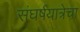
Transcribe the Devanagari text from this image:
संघर्षयात्रेचा